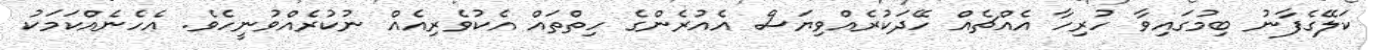
ކަލޭގެފާނު ބިމުގައިވާ ހުރިހާ އެއްޗެއް ހޭދަކުރެއްވިޔަސް އެއުރެންގެ ހިތްތައް އެކުވެރިއެއް ނުކުރެއްވުނީހެވެ. އެހެނެއްކަމަކު